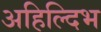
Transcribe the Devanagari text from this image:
अहिल्दिभ